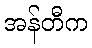
အန်တီက